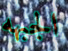
الجبهه